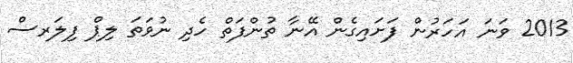
2013 ވަނަ އަހަރުން ފަށައިގެން އޭނާ ތުންފަތް ހެދި ނުވަތަ ލިޕް ފިލަރސް